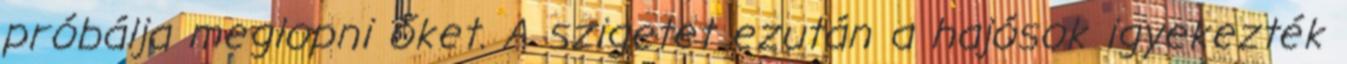
próbálja meglopni őket. A szigetet ezután a hajósok igyekezték